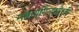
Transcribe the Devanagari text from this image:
महायेगिन्यधीश्वरि